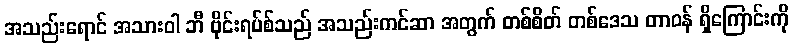
အသည်းရောင် အသားဝါ ဘီ ဗိုင်းရပ်စ်သည် အသည်းကင်ဆာ အတွက် တစ်စိတ် တစ်ဒေသ တာဝန် ရှိကြောင်းကို